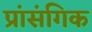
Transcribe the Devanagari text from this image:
प्रांसंगिक